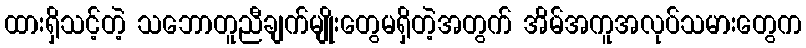
ထားရှိသင့်တဲ့ သဘောတူညီချက်မျိုးတွေမရှိတဲ့အတွက် အိမ်အကူအလုပ်သမားတွေက